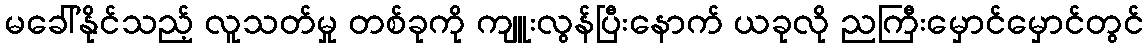
မခေါ်နိုင်သည့် လူသတ်မှု တစ်ခုကို ကျူးလွန်ပြီးနောက် ယခုလို ညကြီးမှောင်မှောင်တွင်